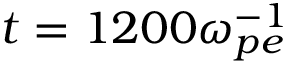
t = 1 2 0 0 \omega _ { p e } ^ { - 1 }